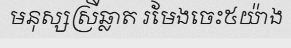
មនុស្សស្រីឆ្លាត រមែងចេះ៥យ៉ាង